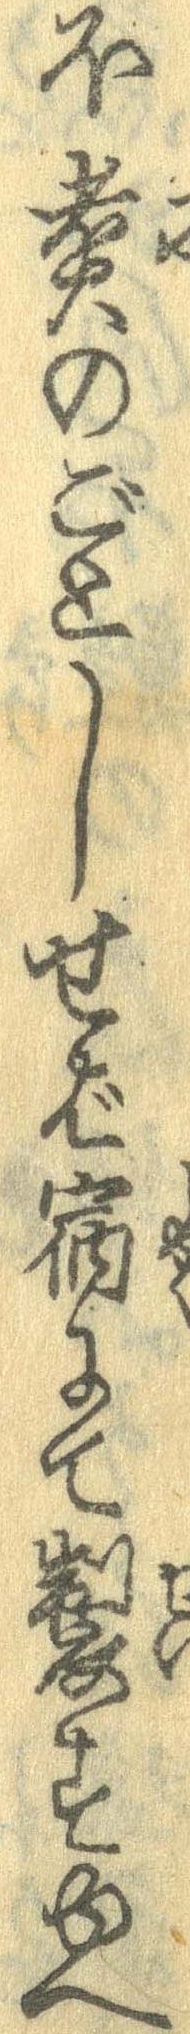
ほ煮のごとしせば宿にて製すゆへ